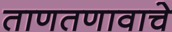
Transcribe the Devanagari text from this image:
ताणतणावाचे